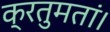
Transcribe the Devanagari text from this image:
क्रतुमतां।